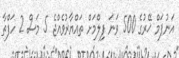
އަނުޕަމް ޚޭރުގެ 500 ވަނަ ފިލްމަށް ތައްޔާރުވެއްޖެ 5 މަސް 2 ހަފްތާ